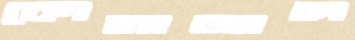
কোনাজাল